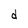
Character: d